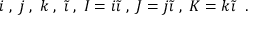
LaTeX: i \; , \; j \; , \; k \; , \; \tilde { \imath } \; , \; I = i \tilde { \imath } \; , \; J = j \tilde { \imath } \; , \; K = k \tilde { \imath } \; \; .